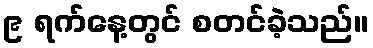
၉ ရက်နေ့တွင် စတင်ခဲ့သည်။